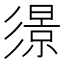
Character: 𢒬